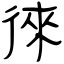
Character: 徠